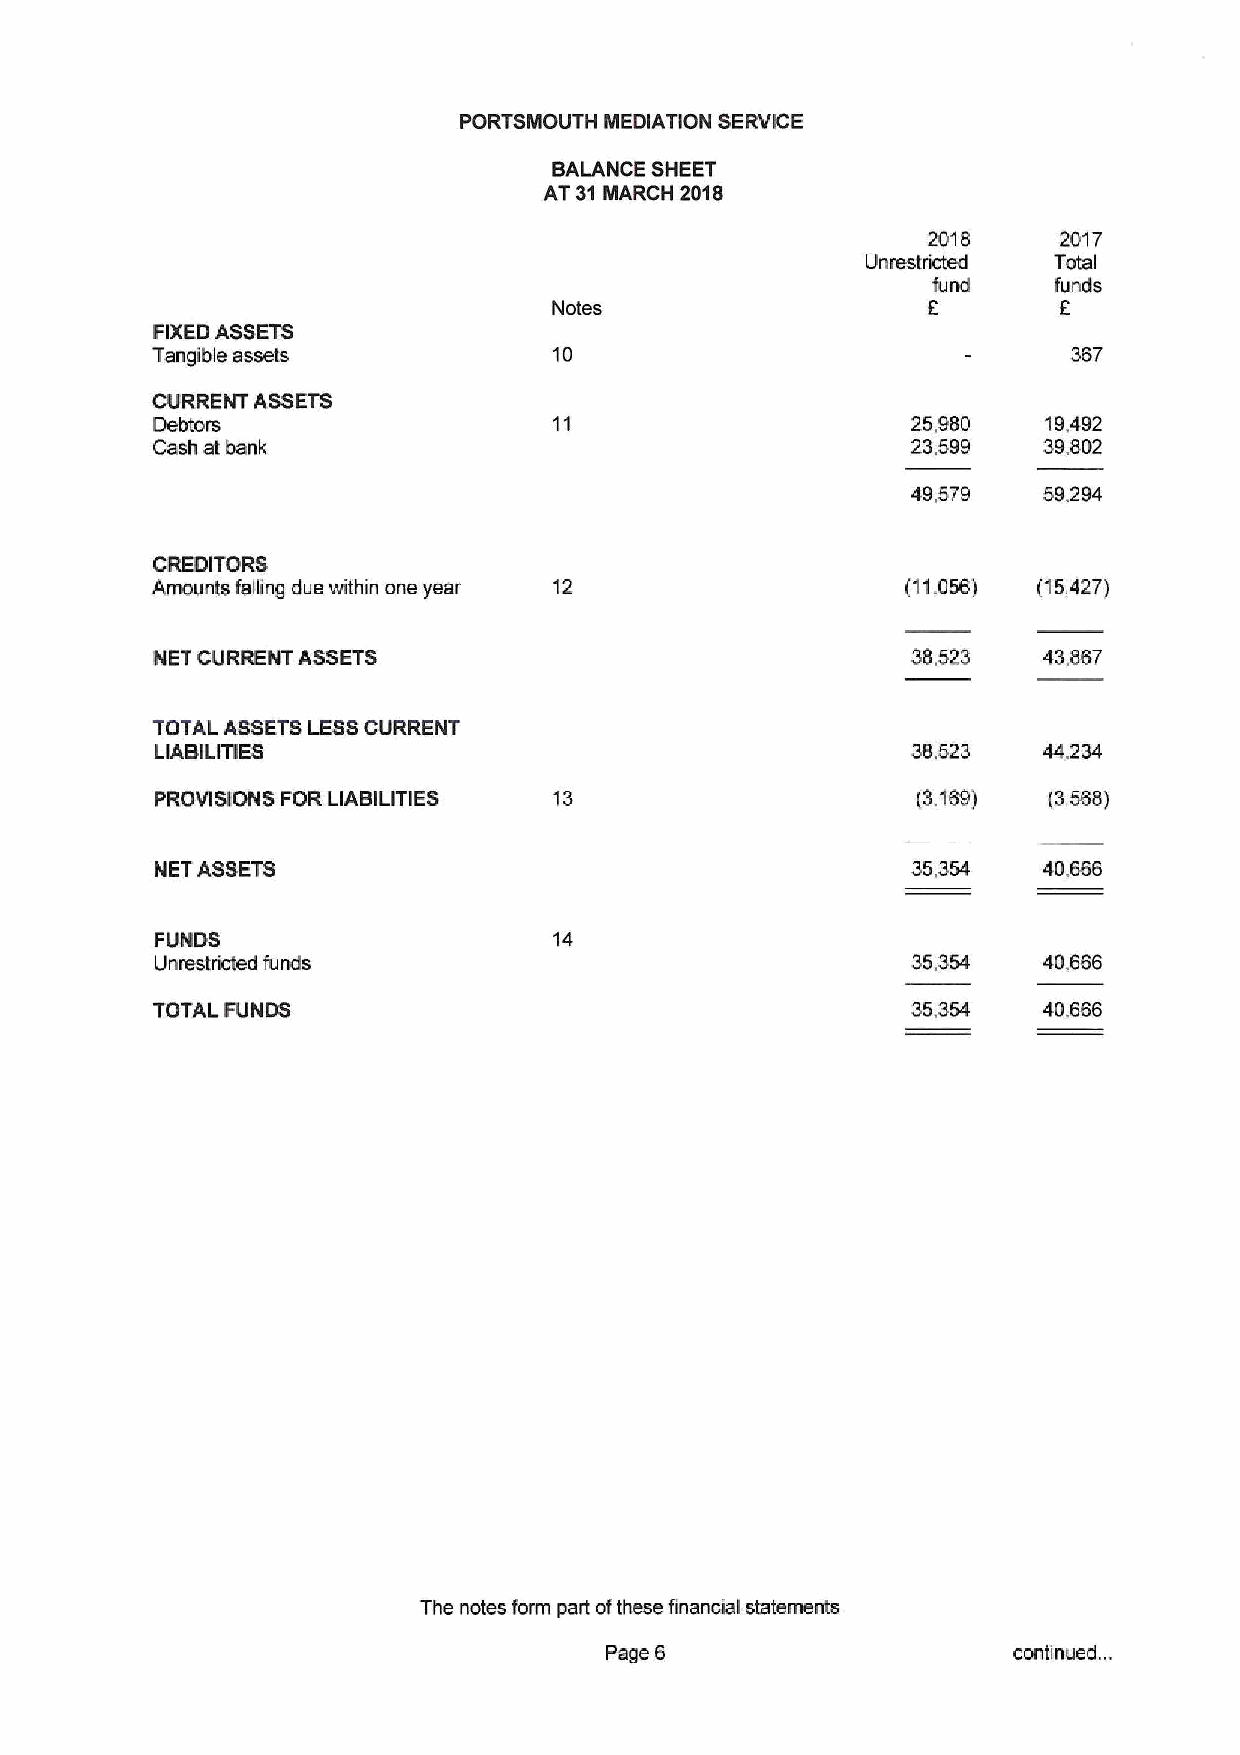
PORTSMOUTH MEDIATION SERVICE
 BALANCE SHEET
 AT 31MARCH 2018
 2018     2017
 Unrestricted Total
 fund    funds
 f        f
 Notes
 FIXEDASSETS
 Tangible assets            10                                367
 CURRENT ASSETS
 Debtors                                           25,980   19,492
 Cash at bank                                      23,599   39,802
 49,579   59,294
 CREDITORS
 Amounts falling due within one year 12            (11,056) (15,427)
 NET CURRENT ASSETS                                38,523   43,867
 TOTAL ASSETSLESSCURRENT
 LIABILITIES                                       38,523
 PROVISIONS FOR LIABILITIES 13                      (3,169) (3,568)
 NET ASSETS                                        35,354   40,666
 FUNDS                      14
 Unrestricted funds                                35,354   40,666
 TOTAL FUNDS                                       35,354   40,666
 The notes form part ofthese financial statements
 Page 6                     continued. ..